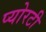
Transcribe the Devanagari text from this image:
प्योरटी